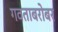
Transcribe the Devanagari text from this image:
गवताबरोबर